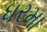
ધરમા